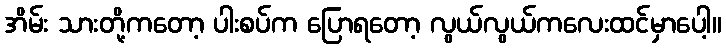
အိမ်း သားတို့ကတော့ ပါးစပ်က ပြောရတော့ လွယ်လွယ်ကလေးထင်မှာပေါ့။